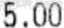
5.00